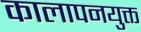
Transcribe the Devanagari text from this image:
कालापनयुक्त